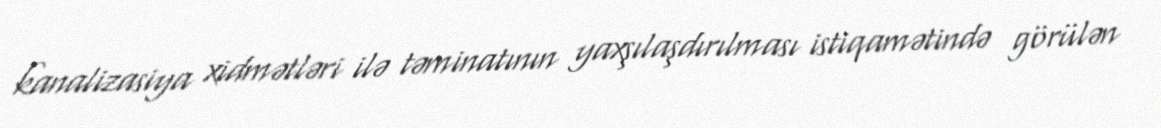
kanalizasiya xidmətləri ilə təminatının yaxşılaşdırılması istiqamətində görülən